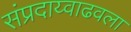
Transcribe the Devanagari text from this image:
संप्रदाय्वाढवला